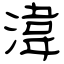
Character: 湋